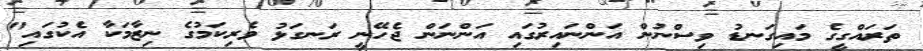
ތަރައްގީގެ މައިގަނޑު ވިސްނުން އަންނައިރުގައި އަންނަން ޖެހޭނީ ރަނގަޅު ވެރިކަމުގެ ނިޒާމަކާ އެކުގައި"